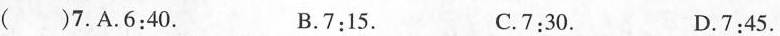
( )7.A.6:40. B.7:15. C.7:30. D.7:45.